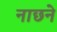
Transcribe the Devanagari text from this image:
नाछने